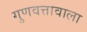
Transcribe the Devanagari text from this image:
गुणवत्तावाला